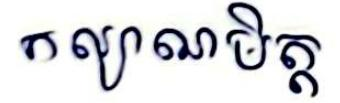
កល្យាណមិត្ត